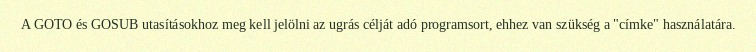
A GOTO és GOSUB utasításokhoz meg kell jelölni az ugrás célját adó programsort, ehhez van szükség a "címke" használatára.